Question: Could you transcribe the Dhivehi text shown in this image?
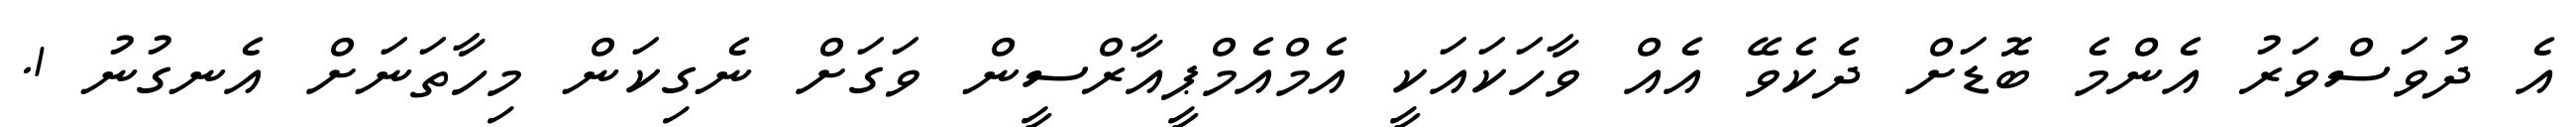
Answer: އެ ދުވަސްވަރު އެންމެ ބޮޑަށް ދެކެވޭ އެއް ވާހަކައަކީ އެމްއެމްޕީއާރްސީން ވަގަށް ނެގިކަން މިހާތަނަށް އެނގުނު 1.